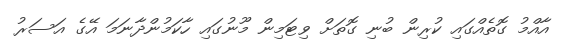
އާއްމު ގޮތެއްގައި ކުރިން ބުނި ގޮތަށް ވިޓަމިން މޫނުގައި ހާކަމުންދާނަމަ އޭގެ އަސަރު